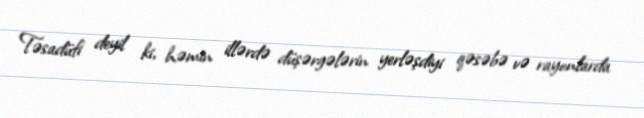
Təsadüfi deyil ki, həmin illərdə düşərgələrin yerləşdiyi qəsəbə və rayonlarda